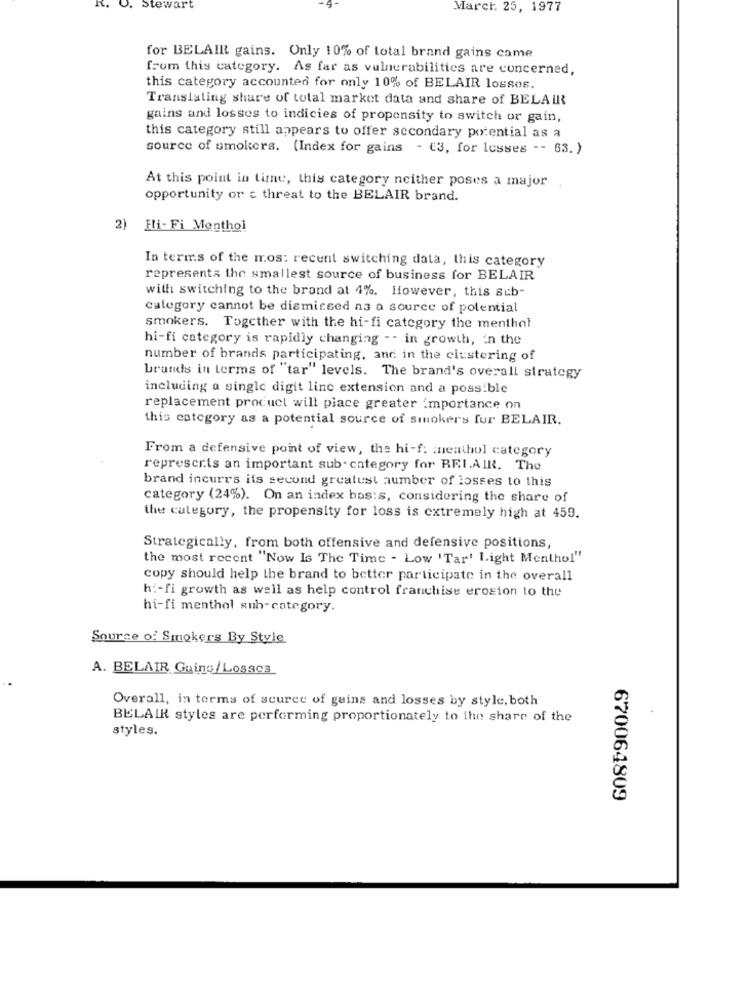
R.
U.
Stewart
March. 25, 1977
for BELAIR gains. Only 10% of total brand gains came
from this category. As far as vulnerabilities are concerned,
this category accounted for only 10% of BELAIR losses.
Translating share of total market data and share of BELAIR
gains and losses to indicies of propensity to switch or gain,
this category still appears to offer secondary potential as a
source of smokers. (Index for gains - €3, for lesses -- 63. )
At this point in time, this category neither poses a major
opportunity or : threat to the BELAIR brand.
2) Hi- Fi Menthol
In terms of the mos: recent switching data, this category
represents the smallest source of business for BELAIR
with switching to the brand at 4%. However, this sub-
category cannot be dismissed as a source of potential
smokers. Together with the hi-fi category the menthol
hi-fi category is rapidly changing -- in growth, in the
number of brands participating, and in the clustering of
brands in terms of "tar" levels. The brand's overall strategy
including a single digit line extension and a possible
replacement product will piace greater importance on
this category as a potential source of smokers fur BELAIR.
From a defensive point of view, the hi-f: nenthol category
represcris an important sub . category for BEIAIR. The
brand incurrs its second greatust number of losses to this
category (24%). On an index bas:s, considering the share of
the category, the propensity for loss is extremely high at 459.
Strategically, from both offensive and defensive positions,
the most recent "Now Is The Time - Low 'Tar' Light Menthol"
copy should help the brand to better participate in the overall
hi-fi growth as well as help control franchise erosion to the
hi-fi menthol sub-category.
Source of Smokers By Style
A. BELAIR Guing/Losaca
Overall, in terms of source of gains and losses by style, both
BELAIR styles are performing proportionately to the share of the
styles.
670064809